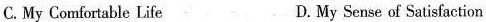
C.My Comfortable Life D. My Sense of Satisfaction